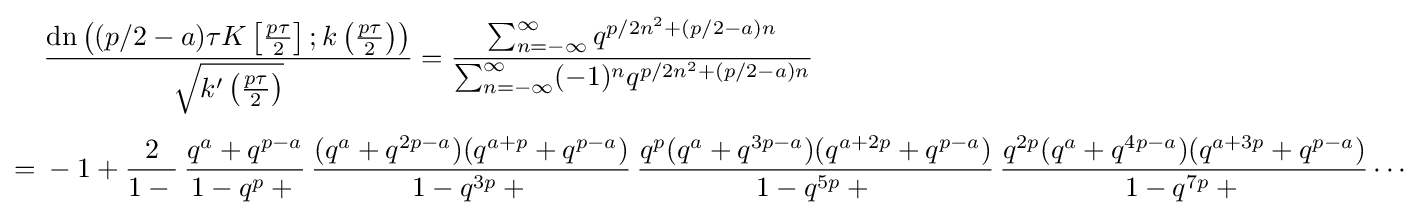
{\begin{aligned}&{\frac {{\textrm {dn}}\left((p/2-a)\tau K\left[{\frac {p\tau }{2}}\right];k\left({\frac {p\tau }{2}}\right)\right)}{\sqrt {k'\left({\frac {p\tau }{2}}\right)}}}={\frac {\sum _{n=-\infty }^{\infty }q^{p/2n^{2}+(p/2-a)n}}{\sum _{n=-\infty }^{\infty }(-1)^{n}q^{p/2n^{2}+(p/2-a)n}}}\\[4pt]={}&-1+{\frac {2}{1-{}}}\,{\frac {q^{a}+q^{p-a}}{1-q^{p}+{}}}\,{\frac {(q^{a}+q^{2p-a})(q^{a+p}+q^{p-a})}{1-q^{3p}+{}}}\,{\frac {q^{p}(q^{a}+q^{3p-a})(q^{a+2p}+q^{p-a})}{1-q^{5p}+{}}}\,{\frac {q^{2p}(q^{a}+q^{4p-a})(q^{a+3p}+q^{p-a})}{1-q^{7p}+{}}}\cdots \end{aligned}}